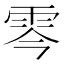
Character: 𩂇